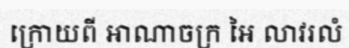
ក្រោយពី អាណាចក្រ អៃ លាវរលំ